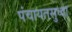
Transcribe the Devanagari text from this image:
पंचायतसुध्दा